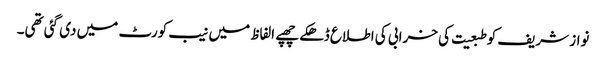
نواز شریف کو طبعیت کی خرابی کی اطلاع ڈھکے چھپے الفاظ میں نیب کورٹ میں دی گئی تھی۔